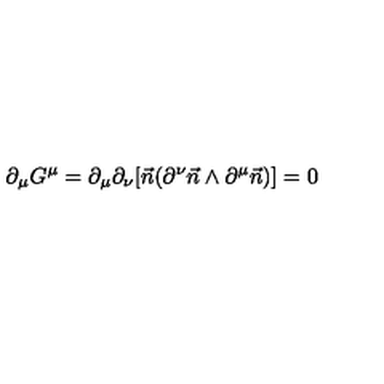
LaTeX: \partial _ { \mu } G ^ { \mu } = \partial _ { \mu } \partial _ { \nu } [ \vec { n } ( \partial ^ { \nu } \vec { n } \wedge \partial ^ { \mu } \vec { n } ) ] = 0